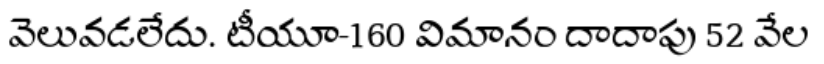
వెలువడలేదు. టీయూ-160 విమానం దాదాపు 52 వేల